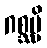
ဂစ္ဆမ္ပိ